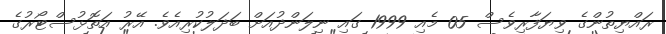
ރައްޔިތުންގެ ވިޔަފާރިވެސް 05 މެއި 1999 ގައި ނިލަންދުއަށް ބަދަލުކުރިއެވެ. އޭރު އަތޮޅުސްޓޯރުގެ